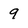
Character: 9